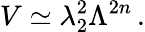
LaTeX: V\simeq\lambda_{2}^{2}\Lambda^{2n}\, .